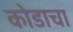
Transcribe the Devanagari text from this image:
कोडाचा